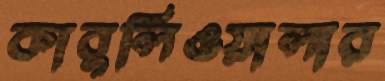
কাবুলিওয়ালার